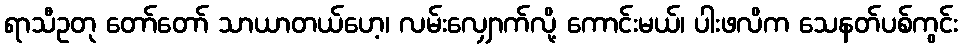
ရာသီဥတု တော်တော် သာယာတယ်ဟေ့၊ လမ်းလျှောက်လို့ ကောင်းမယ်၊ ပါးဖလိက သေနတ်ပစ်ကွင်း